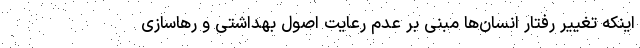
اینکه تغییر رفتار انسان‌ها مبنی بر عدم رعایت اصول بهداشتی و رهاسازی